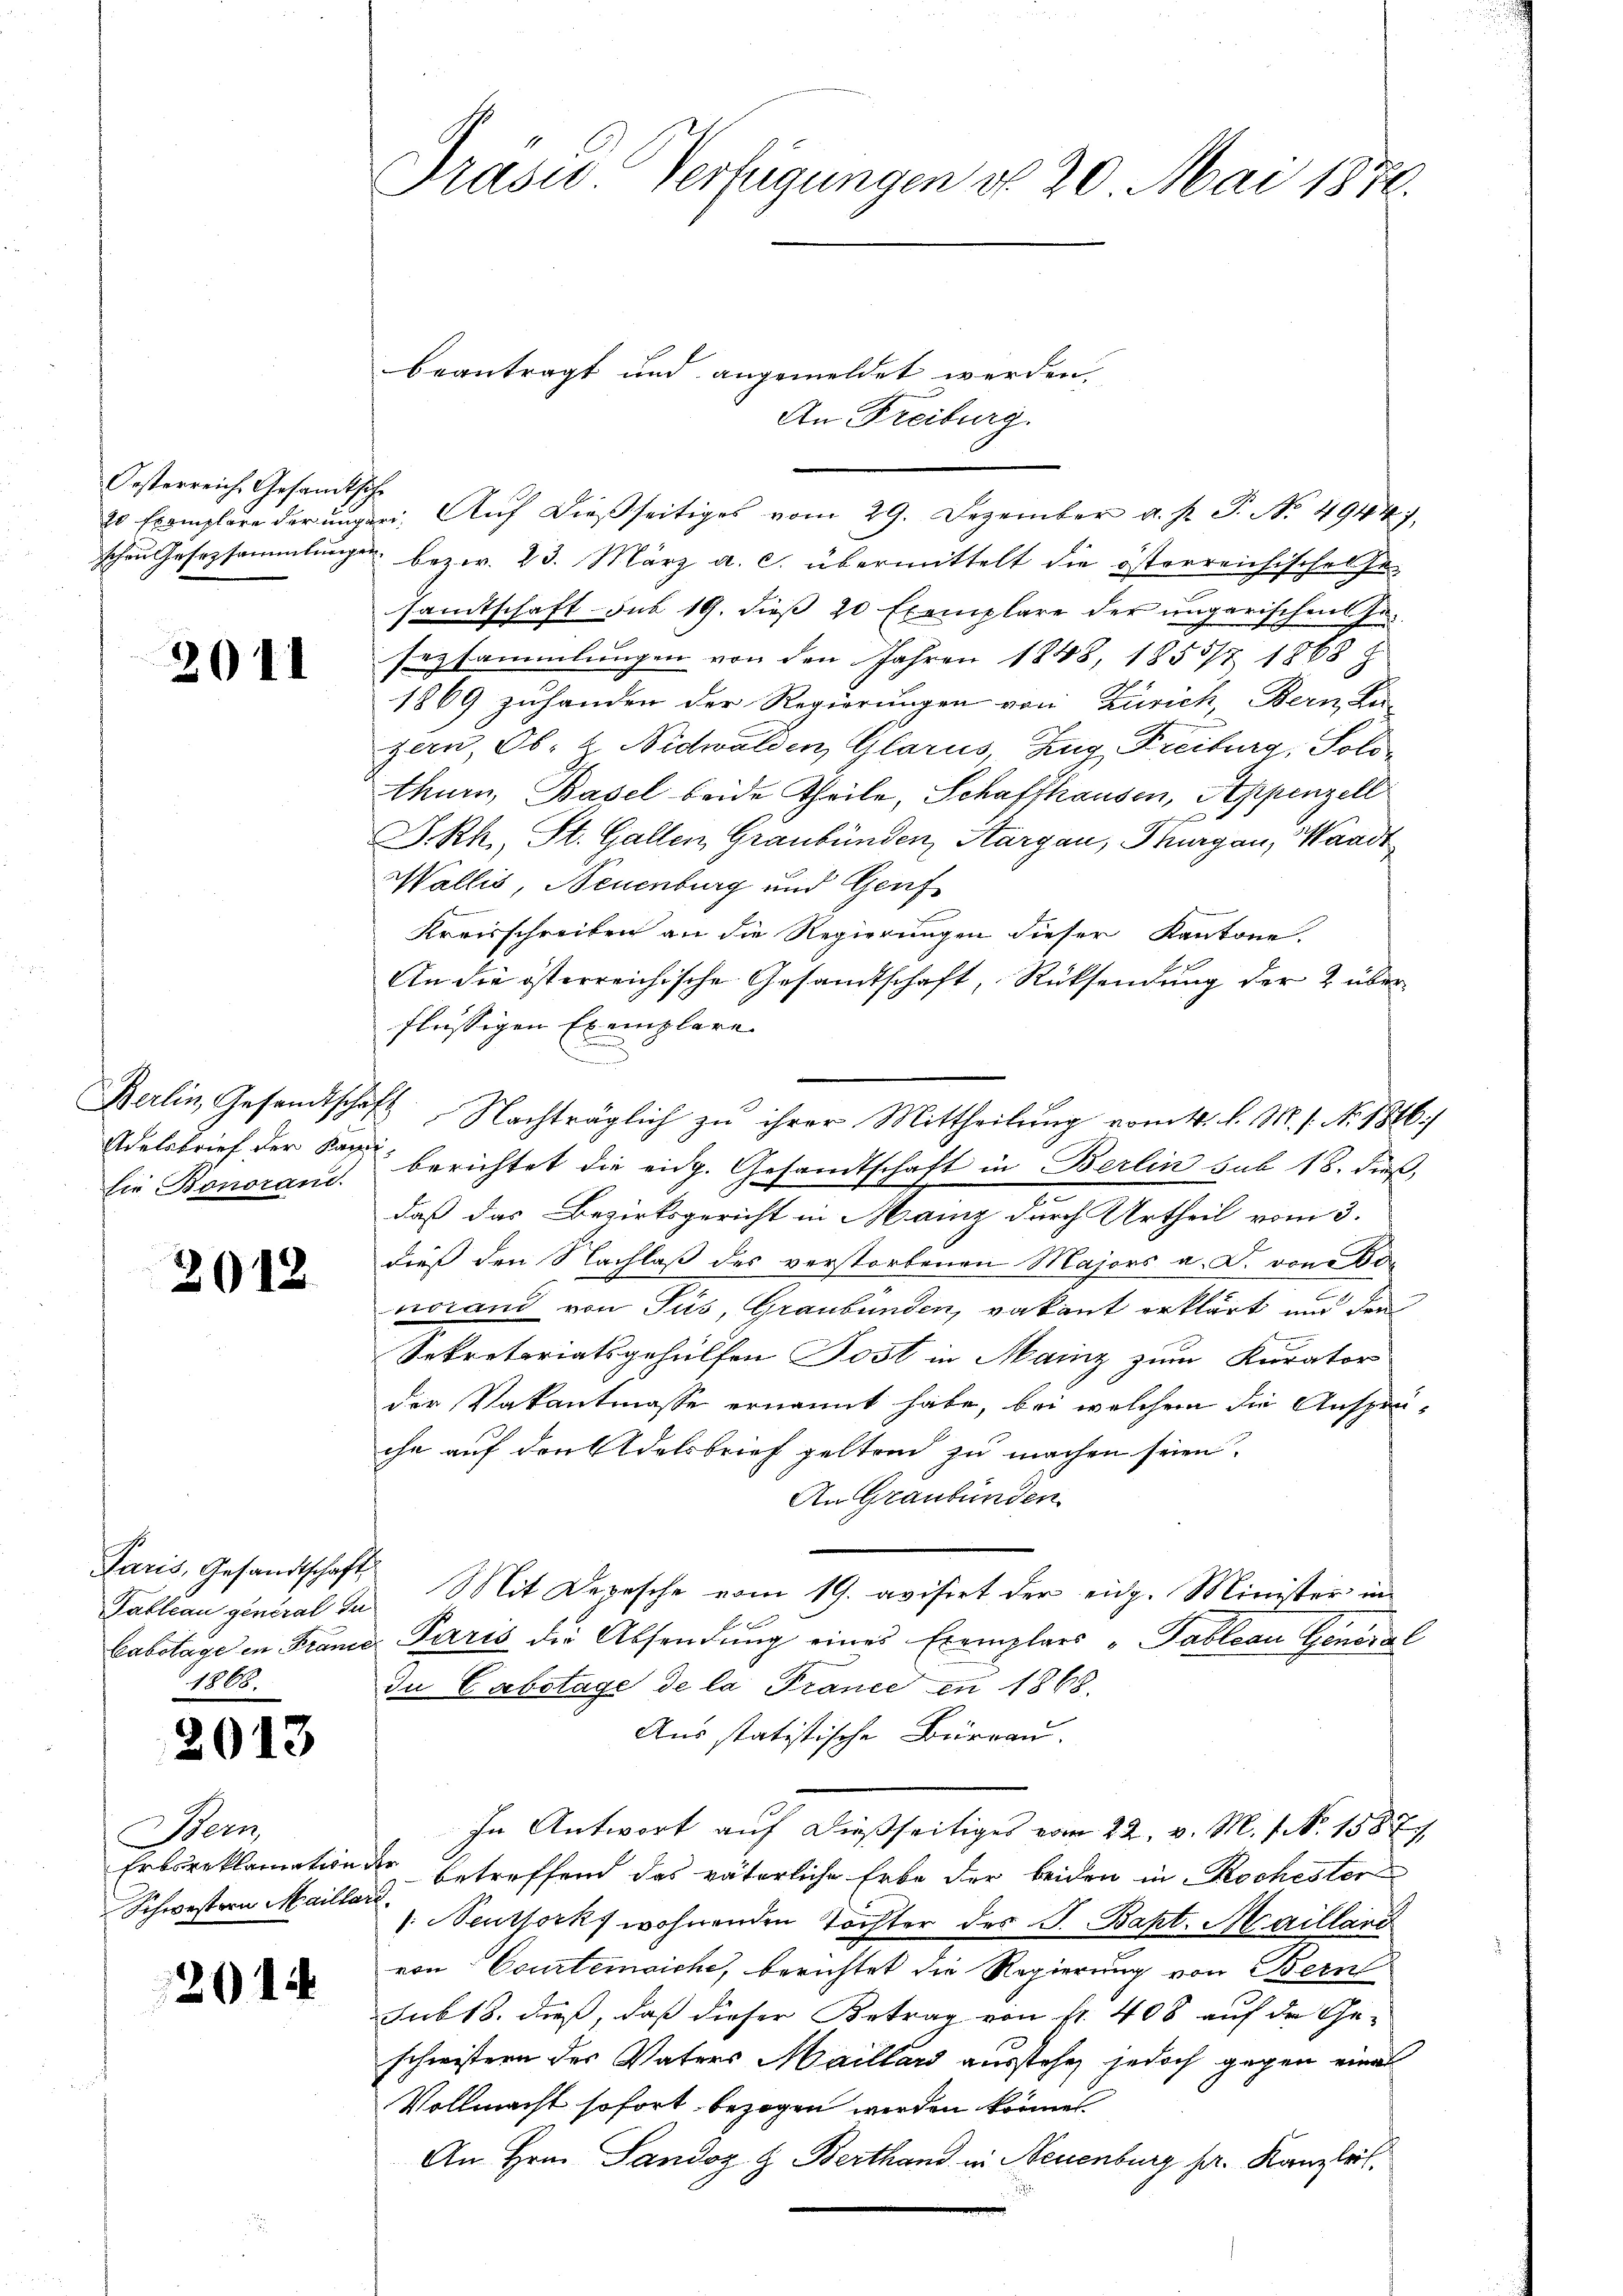
Oesterreich Gesamt.
20 Exemplare der und
schen Gesezsammlung

2011

Berlin, Gesandtsche
Adelsbrief der Kansie Bonorand

2018

Paris, Gesandtschaft
1868.

2013

Bern,
Erbsreklamation
Schwestern Mailla

201

Präses Verfügungen do 20. Mai 1870.

An Freiburg.
sche
ee. Auf dießseitiges vom 29. Dezember a. p. T. No. 49447.
 bezw. 23. März a. c. übermittelt die österreichischen Er-
samtschaft sub 19. dieß 20 Exemplare der ungarischen Ge-
sezsammlungen von den Jahren 1848, 1855/4 1868
1869 zuhanden der Regierungen von Zürich, Bern, Ka-
zern, Ob- u. Nidwalden, Glarus, Zug Freiburg, Solo-
thurn, Basel beide Theile, Schaffhausen, Appenzell
D.Rh., St. Gallen, Graubünden, Kargau, Thurgau, Waadt
Wallis, Neuenburg und Genf
Kreisschreiben an die Regierungen dieser Kantone.
An die österreichische Gesandtschaft, Rücksendung der 2 überflüssigen Exemplare
u
d
f
berichtet die eidg. Gesandtschaft in Berlin sub 18. dieß,
daß das Bezirksgericht in Manz durch Urtheil vom 3.
dieß den Nachlaß des verstorbenen Majors a. D. von 60
.
vorand von Jus, Graubünden, vakant erklärt und den
Sekretariatsgehülfen Post in Mainz zum Kurator
der Vakantmasse ernannt habe, bei welchem die Ansprü-
che auf den Adelsbrief geltend zu machen seien.
An Graubünden
Tableau general da. Mit Depesche vom 19. avisirt der eidg. Minister in
Cabstage in Franer Paris der Absendung eines Exemplars „Tableau General
In Cobetage de la France en 1868.
Aus statistische Bürrau.
In Antwort auf dießseitiges vom 22. v. M. 1. 158 E
der betreffend das väterliche Erbe der beiden in Rochester
orf,
(Neuthocks wohnenden Töchter des J. Bapt. Mailland
von Courtensiche, berichtet die Regierung von Bern
sub 18. dieß, daß dieser Betrag von fr. 408 auf der Ge-
schwistern des Vaters Maillard ausstehe, jedoch gegen eines
Vollmacht sofort bezogen werden können
An Hrn. Landoz & Berthand in Neuenburg pr. Kanzleit

beantragt und angemeldet werden.

Nachträglich zu ihrer Mittheilung vom 4. l. M. s. No. 1886/